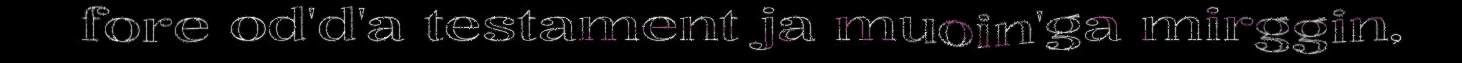
fore od'd'a testament ja muoin'ga mirggin,